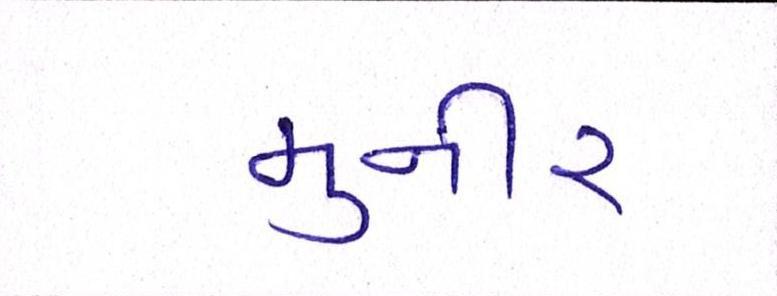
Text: મુનીર